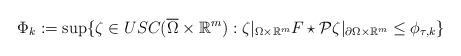
LaTeX: \begin{align*}\Phi_k:= \sup \{ \zeta \in USC(\overline{\Omega} \times \mathbb R^m): \zeta|_{\Omega\times \mathbb R^m} F\star\mathcal P\zeta|_{\partial \Omega\times \mathbb R^m} \le \phi_{\tau,k} \}\end{align*}